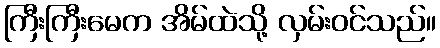
ကြီးကြီးမေက အိမ်ထဲသို့ လှမ်းဝင်သည်။